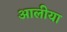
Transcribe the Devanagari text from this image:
आलीया